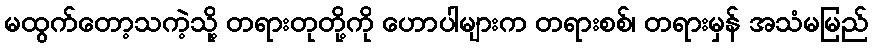
မထွက်တော့သကဲ့သို့ တရားတုတို့ကို ဟောပါများက တရားစစ်၊ တရားမှန် အသံမမြည်